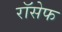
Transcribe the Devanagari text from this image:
रॉसेफ